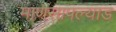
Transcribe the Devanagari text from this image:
माणसापल्याड